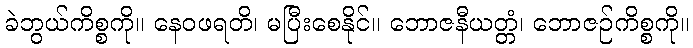
ခဲဘွယ်ကိစ္စကို။ နေဝဖရတိ၊ မပြီးစေနိုင်။ ဘောဇနီယတ္တံ၊ ဘောဇဉ်ကိစ္စကို။